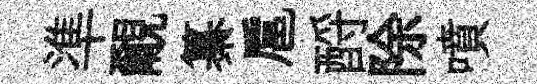
準覼纂扈酹除噴